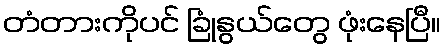
တံတားကိုပင် ခြုံနွယ်တွေ ဖုံးနေပြီ။